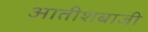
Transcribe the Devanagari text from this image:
आतीशबाजी